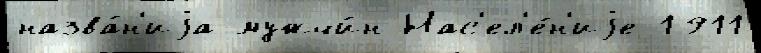
назва́н'иjа мужчи́н Нас'ел'е́н'иjе 1911